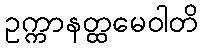
ဥက္ကာနတ္ထမေဝါတိ